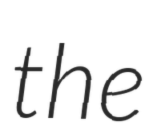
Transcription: the